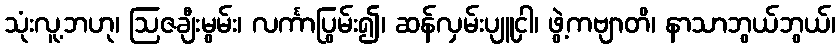
သုံးလူ့ဘဟု၊ ဩဇချီးမွမ်း၊ လင်္ကာပြွမ်း၍၊ ဆန်လှမ်းပျူငှါ၊ ဖွဲ့ကဗျာတိ၊ နာသာဘွယ်ဘွယ်၊